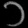
Digit: ၁